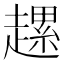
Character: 𧽲